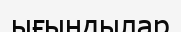
ығындылар